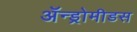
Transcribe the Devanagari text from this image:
ॲन्ड्रोमीडस